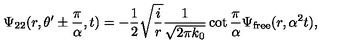
\Psi _ { 2 2 } ( r , \theta ^ { \prime } \pm { \frac { \pi } { \alpha } } , t ) = - { \frac { 1 } { 2 } } \sqrt { { \frac { i } { r } } } { \frac { 1 } { \sqrt { 2 \pi k _ { 0 } } } } \cot { \frac { \pi } { \alpha } } \Psi _ { \mathrm { { f r e e } } } ( r , \alpha ^ { 2 } t ) ,